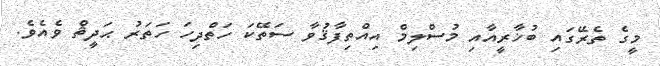
މީގެ ތެރޭގައި ބުޚާރީއާއި މުސްލިމް އިއްތިފާޤުވާ ސަތޭކަ ހަތްދިހަ ހަތަރު ޙަދީޘް ވެއެވެ.